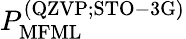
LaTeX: P_{\mathrm{MFML}}^{\mathrm{(QZVP;STO-3G)}}